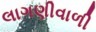
લાગણીવાળી